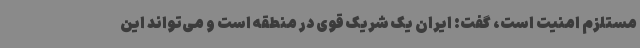
مستلزم امنیت است، گفت: ایران یک شریک قوی در منطقه است و می‌تواند این